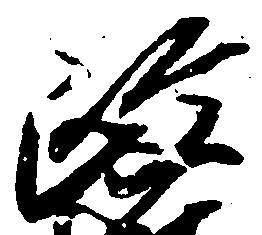
政